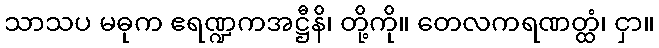
သာသပ မဓုက ဧရဏ္ဍကအဋ္ဌီနိ၊ တို့ကို။ တေလကရဏတ္ထံ၊ ငှာ။